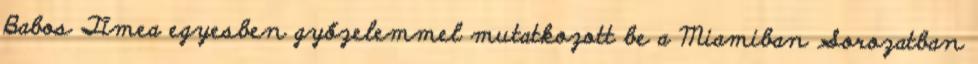
Babos Tímea egyesben győzelemmel mutatkozott be a Miamiban Sorozatban